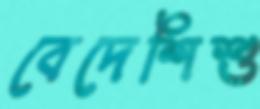
বেদেশিশু